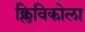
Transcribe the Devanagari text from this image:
क्लिविकोला